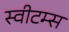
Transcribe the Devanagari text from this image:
स्वीटम्स